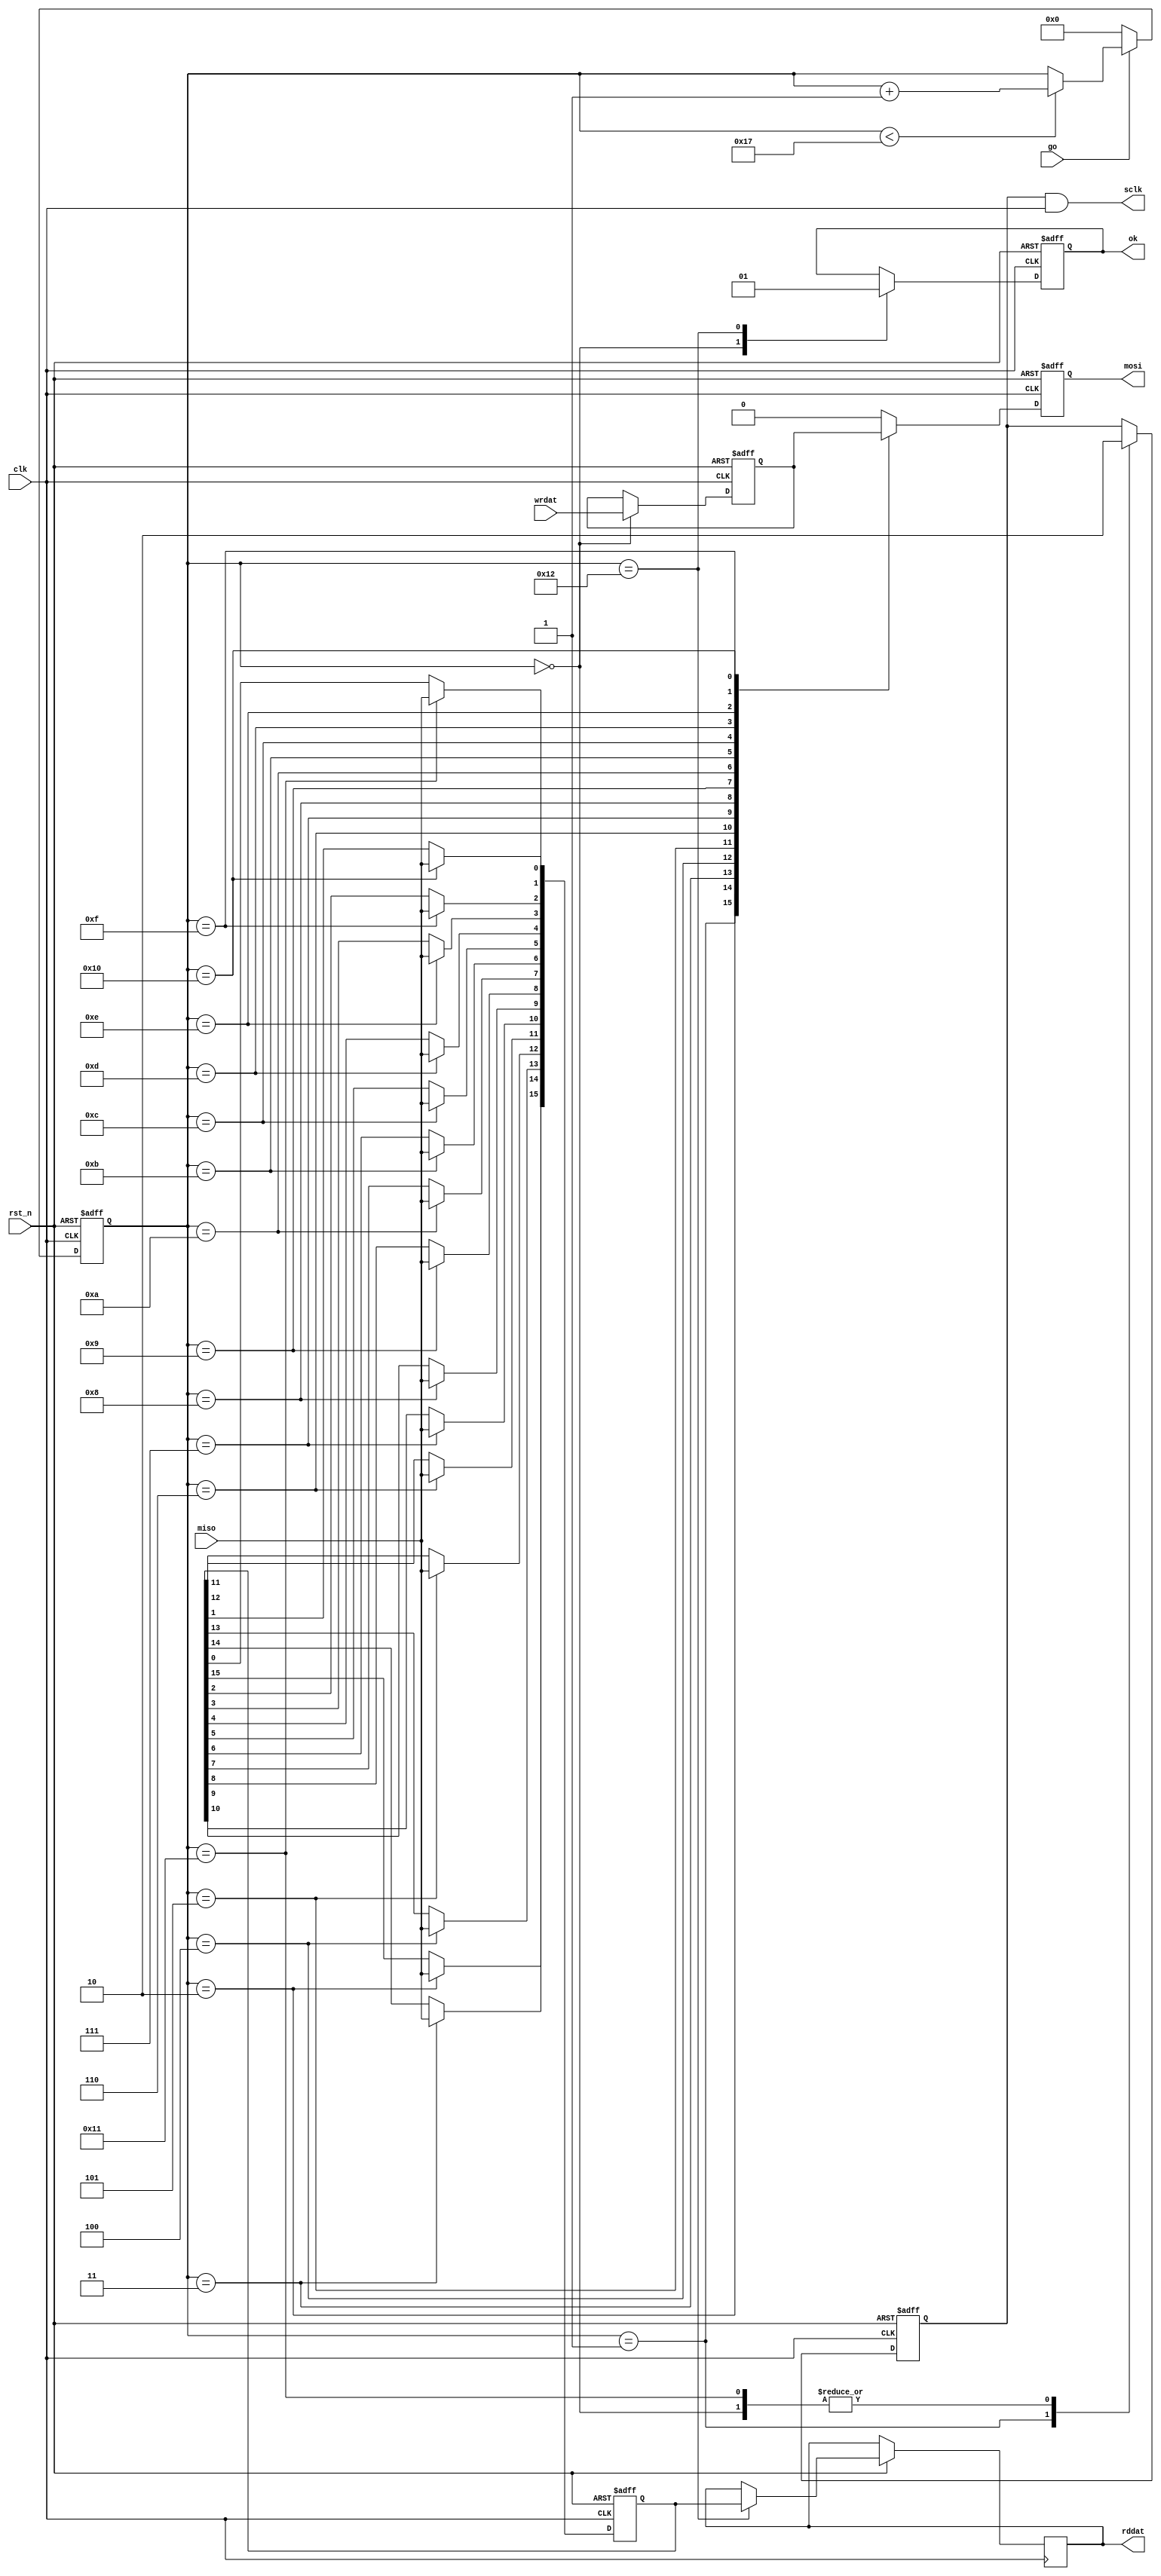
module AD
(
input clk,rst_n,
input go,
input [15:0]wrdat,
output reg [15:0]rddat,
output reg ok,
output reg mosi,
output  sclk,
input miso
);

reg [4:0]i;

always @(posedge clk or negedge rst_n)
if(!rst_n)
i<=5'd0;
else if(!go)
i<=5'd0;
else if(i<5'd23)
i<=i+1'b1;

reg [15:0]r_wrdat;
always @(posedge clk or negedge rst_n)
if(!rst_n)begin
r_wrdat<=16'd0;
mosi<=1'b0;
end
else begin
case(i)
5'd0:begin r_wrdat<=wrdat;mosi<=1'b0;end
5'd1:mosi<=r_wrdat[15];
5'd2:mosi<=r_wrdat[14];
5'd3:mosi<=r_wrdat[13];
5'd4:mosi<=r_wrdat[12];
5'd5:mosi<=r_wrdat[11];
5'd6:mosi<=r_wrdat[10];
5'd7:mosi<=r_wrdat[9];
5'd8:mosi<=r_wrdat[8];
5'd9:mosi<=r_wrdat[7];
5'd10:mosi<=r_wrdat[6];
5'd11:mosi<=r_wrdat[5];
5'd12:mosi<=r_wrdat[4];
5'd13:mosi<=r_wrdat[3];
5'd14:mosi<=r_wrdat[2];
5'd15:mosi<=r_wrdat[1];
5'd16:mosi<=r_wrdat[0];
default:mosi<=1'b0;
endcase
end

reg  [15:0]r_rddat;
reg  cke;
always @(negedge clk or negedge rst_n)
if(!rst_n)begin
r_rddat<=16'd0;
cke<=1'b0;
ok<=1'b0;
end
else begin
case(i)
5'd0:begin cke<=1'b0;ok<=1'b0;end
5'd1:cke<=1'b1;
5'd2:r_rddat[15]<=miso;
5'd3:r_rddat[14]<=miso;
5'd4:r_rddat[13]<=miso;
5'd5:r_rddat[12]<=miso;
5'd6:r_rddat[11]<=miso;
5'd7:r_rddat[10]<=miso;
5'd8:r_rddat[9]<=miso;
5'd9:r_rddat[8]<=miso;
5'd10:r_rddat[7]<=miso;
5'd11:r_rddat[6]<=miso;
5'd12:r_rddat[5]<=miso;
5'd13:r_rddat[4]<=miso;
5'd14:r_rddat[3]<=miso;
5'd15:r_rddat[2]<=miso;
5'd16:r_rddat[1]<=miso;
5'd17:begin r_rddat[0]<=miso; cke<=1'b0;end
5'd18:begin rddat<=r_rddat;ok<=1'b1;end
default:;
endcase
end 
assign sclk=cke&clk;

endmodule